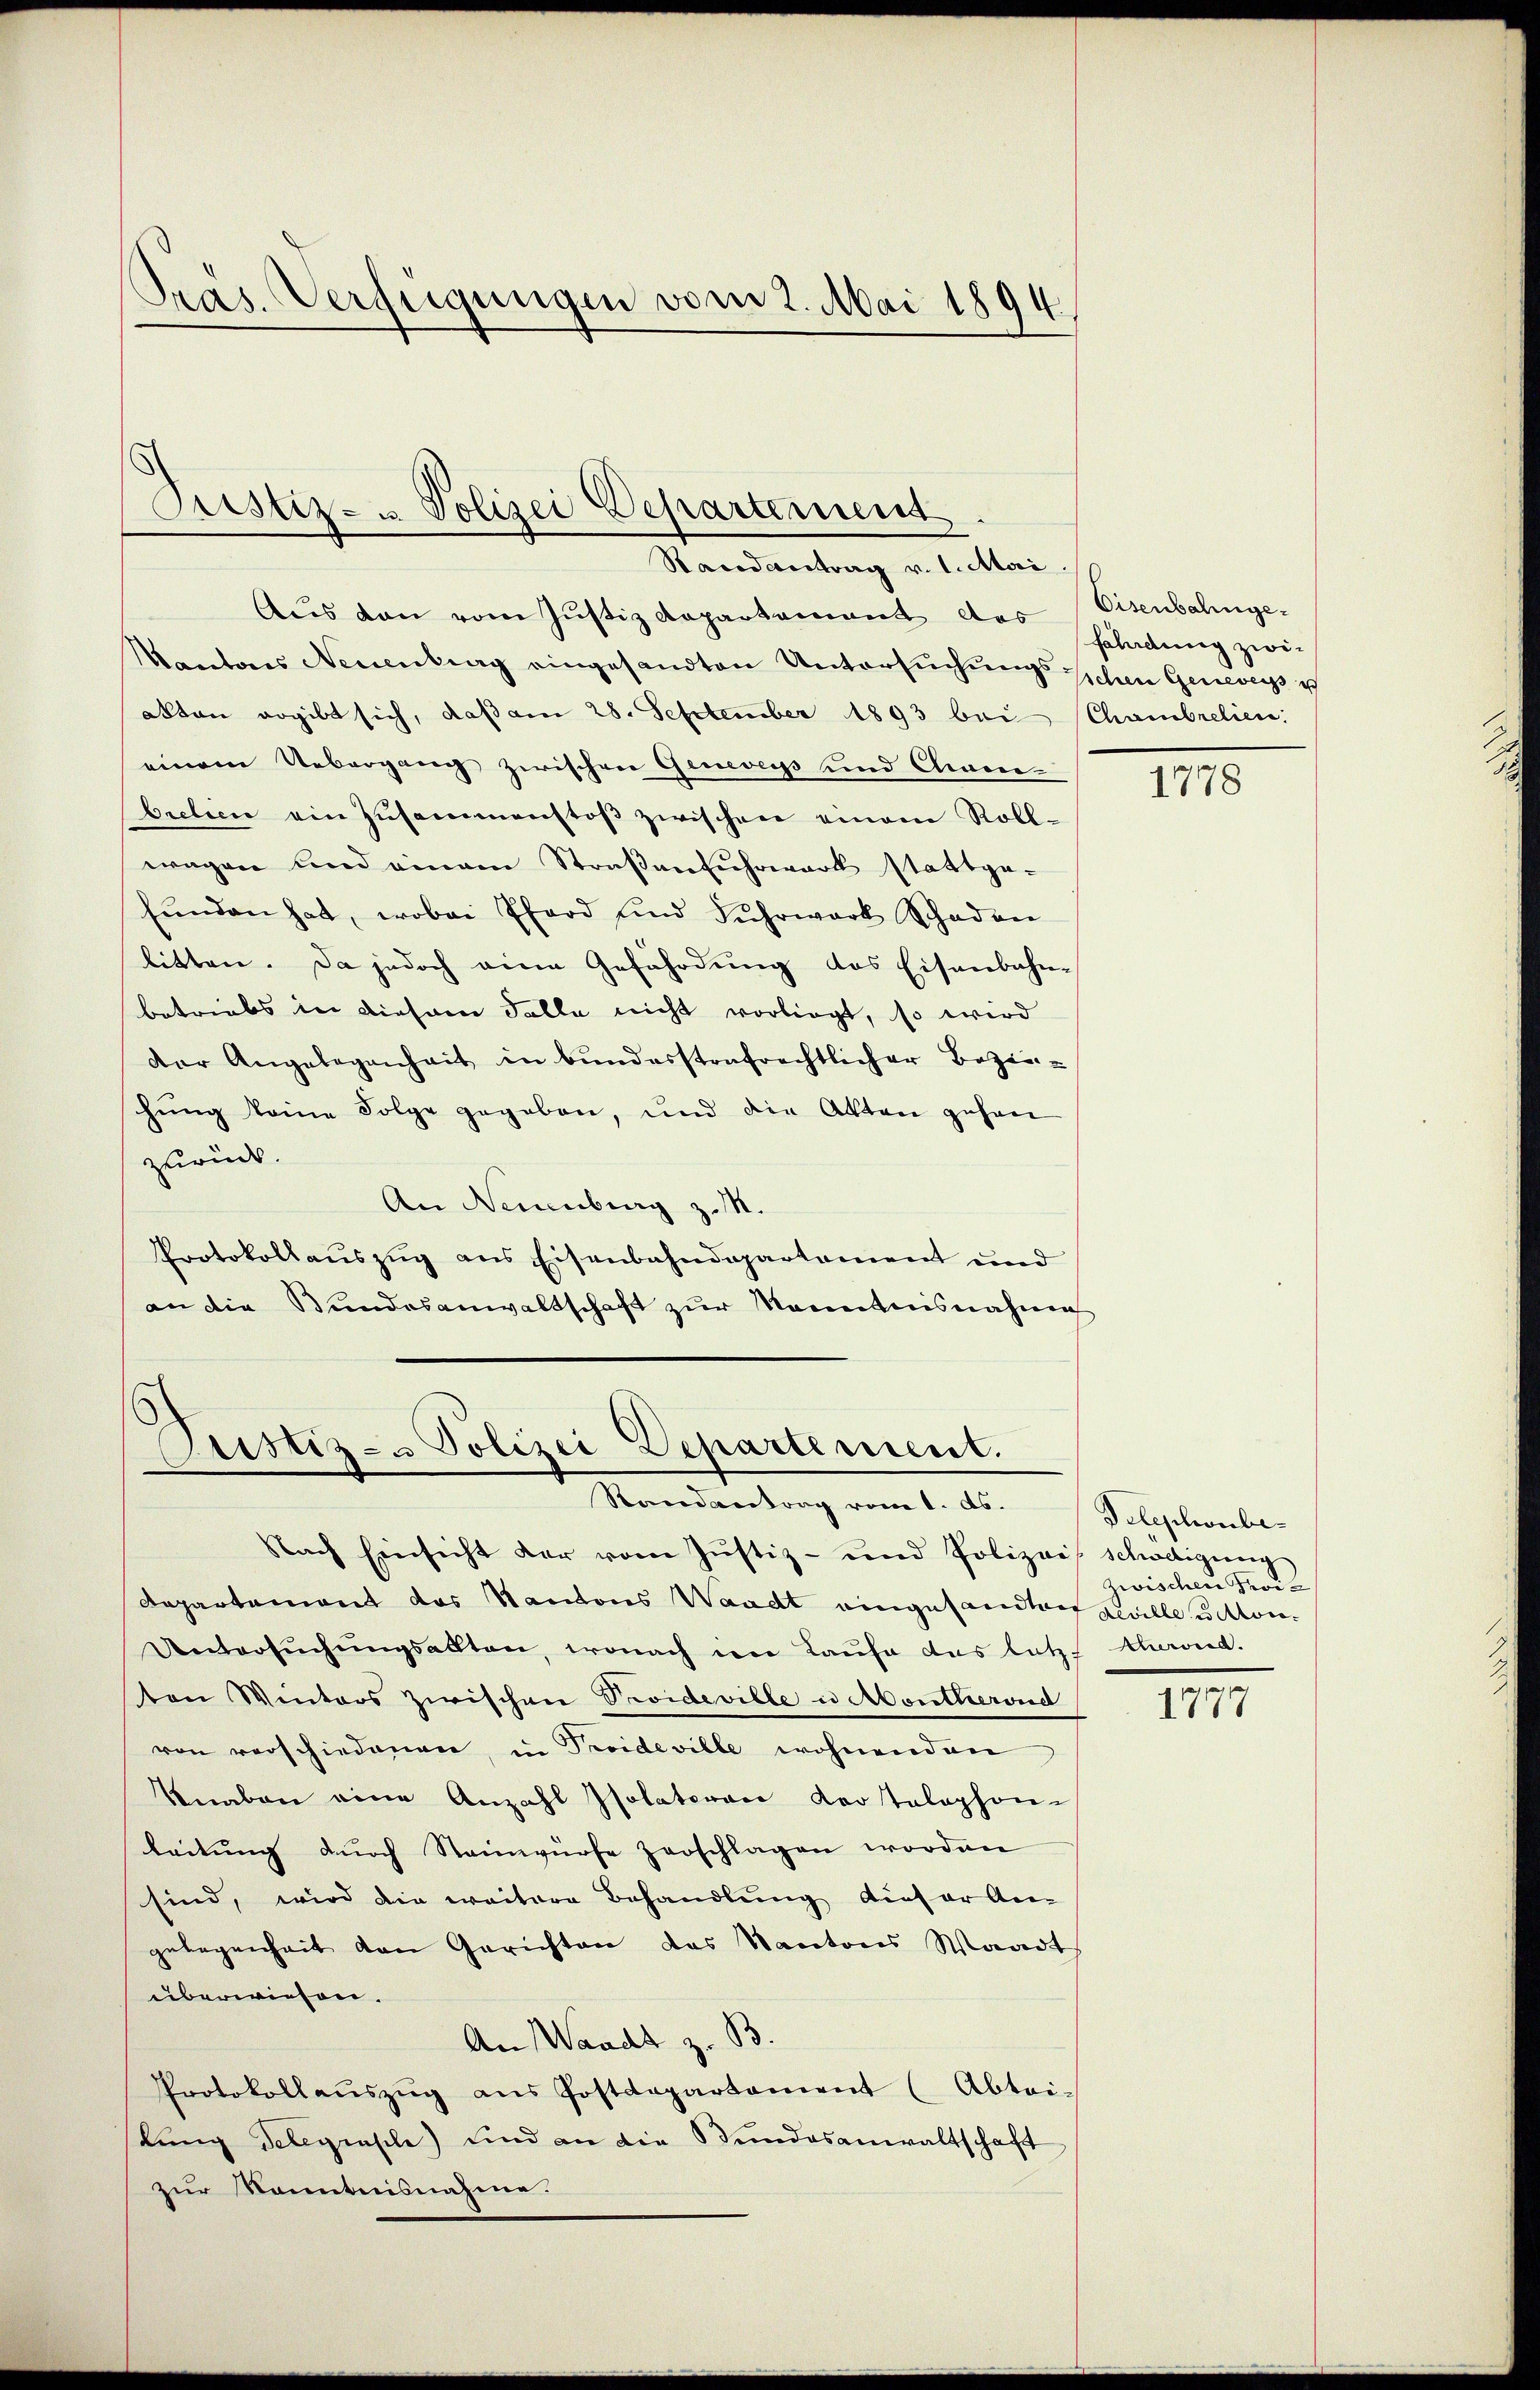
Pras. Verfügungen vom 2. Mai 1894.

Pustiz- & Polizei Departement
Randantrag v. 1. Mai

Aus den vom Justiz Rapartement das Visenbahnge¬
Kantons Neuenburg eingesandten Untersuchungs Schen Geneversich
akten ergibt sich, daß am 28. September 1893 bei Chambrelien:
einem Uebergang zwischen Genevers und Chinen-
bretien ein Zusammenstoβ zwischen einem Roll-
wagen und einem Straßenfuhrwerk stattge-
fŭnden hat, wobei Pferd und Fuhrwart Schaden
litten. Da jedoch eine Gefährdung das Eisenbahn-
betriebs in diesem Falle nicht vorliegt, so wird
der Angelegenheit in bundesstrafrechtlicher Bezie-
hung keine Folge gegeben, und die Akten gehen
zurück.
An Neuenburg z. M.
Protokollaŭszŭg ans Eisenbahndepartement und
an die Bundesanwaltschaft zŭr Macentnisnahme

Justiz- & Polizei Departement.
Randantrag vom 1. ds.

Nach Einsicht der vom Justiz- und Polizeis Schölligŭng
Repartement das Kantons Waadt eingesandten ziville uitton¬
Untersŭchŭngsalten, wonach in Kaŭfe das letzt schied.
ten Winters zwischen Proideville u Montherond
von verschiedenen, in Proideville wohnenden
Knaben eine Anzahl Isolatoren Kertelephon-
leitung dŭrch Steinwürfe zerschlagen worden
sind, wird die weitere Behandlung dieser An-
gelegenheit den Gerichten das Kantons Waadt
überwiesen.
An Waadt z. B.
Protokollaŭszŭg ans Postdepartament (Abtei-
lung Telegrasch) sind an die Bundesanwaltschaft
zur Kenntnisnahme.

fahndung zwi¬

1778

Telephonbezwischen Pro¬

1778